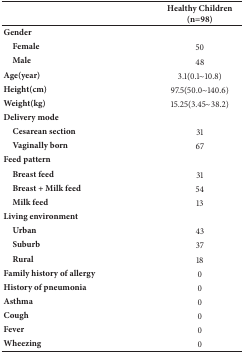
<table><thead><tr><td><b> </b></td><td><b>Healthy Children (n=98)</b></td></tr></thead><tbody><tr><td><b>Gender</b></td><td> </td></tr><tr><td><b> Female</b></td><td>50</td></tr><tr><td><b> Male</b></td><td>48</td></tr><tr><td><b>Age(year)</b></td><td>3.1(0.1~10.8)</td></tr><tr><td><b>Height(cm)</b></td><td>97.5(50.0~140.6)</td></tr><tr><td><b>Weight(kg)</b></td><td>15.25(3.45~38.2)</td></tr><tr><td><b>Delivery mode</b></td><td> </td></tr><tr><td><b> Cesarean section</b></td><td>31</td></tr><tr><td><b> Vaginally born</b></td><td>67</td></tr><tr><td><b>Feed pattern</b></td><td> </td></tr><tr><td><b> Breast feed</b></td><td>31</td></tr><tr><td><b> Breast + Milk feed</b></td><td>54</td></tr><tr><td><b> Milk feed</b></td><td>13</td></tr><tr><td><b>Living environment</b></td><td> </td></tr><tr><td><b> Urban</b></td><td>43</td></tr><tr><td><b> Suburb</b></td><td>37</td></tr><tr><td><b> Rural</b></td><td>18</td></tr><tr><td><b>Family history of allergy</b></td><td>0</td></tr><tr><td><b>History of pneumonia</b></td><td>0</td></tr><tr><td><b>Asthma</b></td><td>0</td></tr><tr><td><b>Cough</b></td><td>0</td></tr><tr><td><b>Fever</b></td><td>0</td></tr><tr><td><b>Wheezing</b></td><td>0</td></tr></tbody></table>